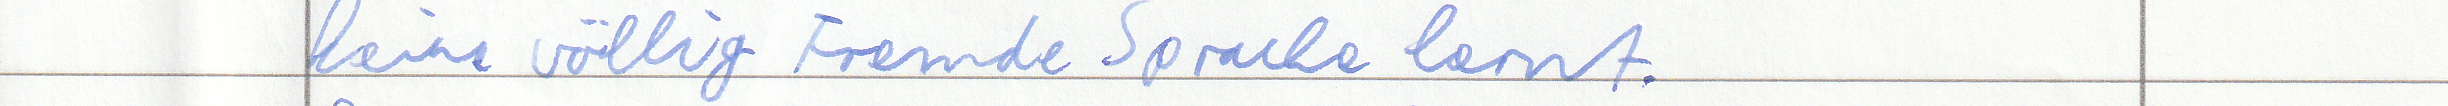
keine völlig Fremde Sprache lernt.